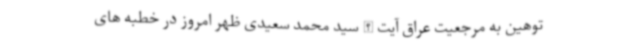
توهین به مرجعیت عراق آیت الله سید محمد سعیدی ظهر امروز در خطبه های